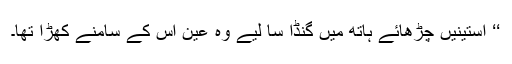
‘‘ آستینیں چڑھائے ہاتھ میں گنڈا سا لیے وہ عین اس کے سامنے کھڑا تھا۔